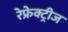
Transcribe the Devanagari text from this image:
रेफ्रेक्ट्रीज